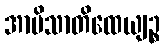
အာမိသာတိထေယျဉ္စ